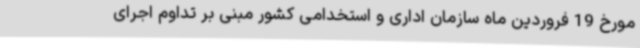
مورخ 19 فروردین ماه سازمان اداری و استخدامی کشور مبنی بر تداوم اجرای